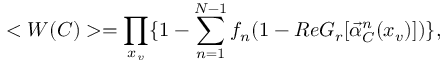
< W ( C ) > = \prod _ { x _ { v } } \{ 1 - \sum _ { n = 1 } ^ { N - 1 } f _ { n } ( 1 - R e { \cal G } _ { r } [ \vec { \alpha } _ { C } ^ { n } ( x _ { v } ) ] ) \} ,